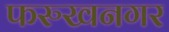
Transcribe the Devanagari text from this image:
फरुखनगर